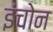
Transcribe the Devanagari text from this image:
इंचोन